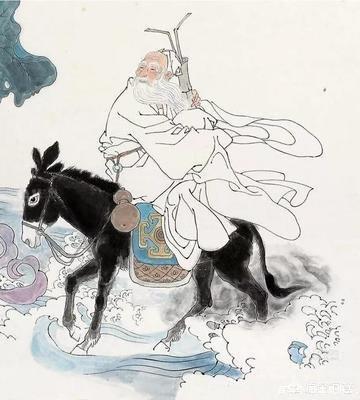
此身合是诗人未？细雨骑驴入剑门。